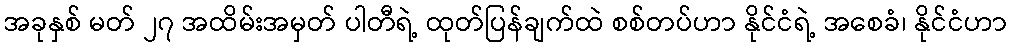
အခုနှစ် မတ် ၂၇ အထိမ်းအမှတ် ပါတီရဲ့ ထုတ်ပြန်ချက်ထဲ စစ်တပ်ဟာ နိုင်ငံရဲ့ အစေခံ၊ နိုင်ငံဟာ